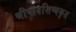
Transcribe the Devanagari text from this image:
श्रीपादशिष्यकृत